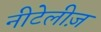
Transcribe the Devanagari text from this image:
नीटेलीज़